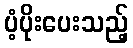
ပံ့ပိုးပေးသည့်